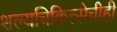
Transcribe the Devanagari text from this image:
शल्यचिकित्सेचीही